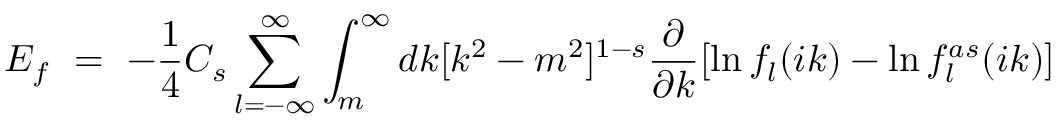
{ \cal E } _ { f } \ = \ - \frac 1 4 C _ { s } \sum _ { l = - \infty } ^ { \infty } \int _ { m } ^ { \infty } d k [ k ^ { 2 } - m ^ { 2 } ] ^ { 1 - s } \frac { \partial } { \partial k } [ \ln f _ { l } ( i k ) - \ln f _ { l } ^ { a s } ( i k ) ]